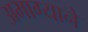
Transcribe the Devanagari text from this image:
अभाग्याने